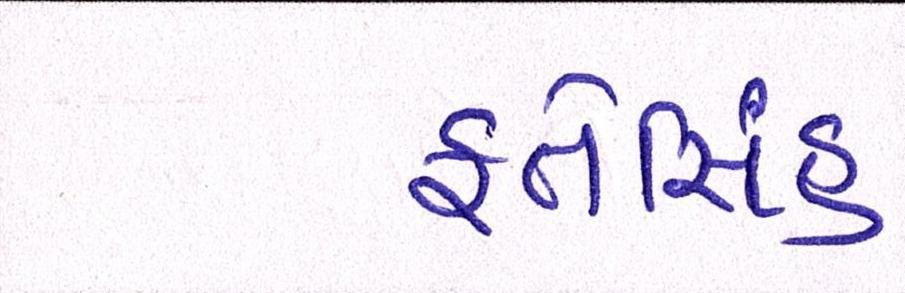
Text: ફતેસિંહ